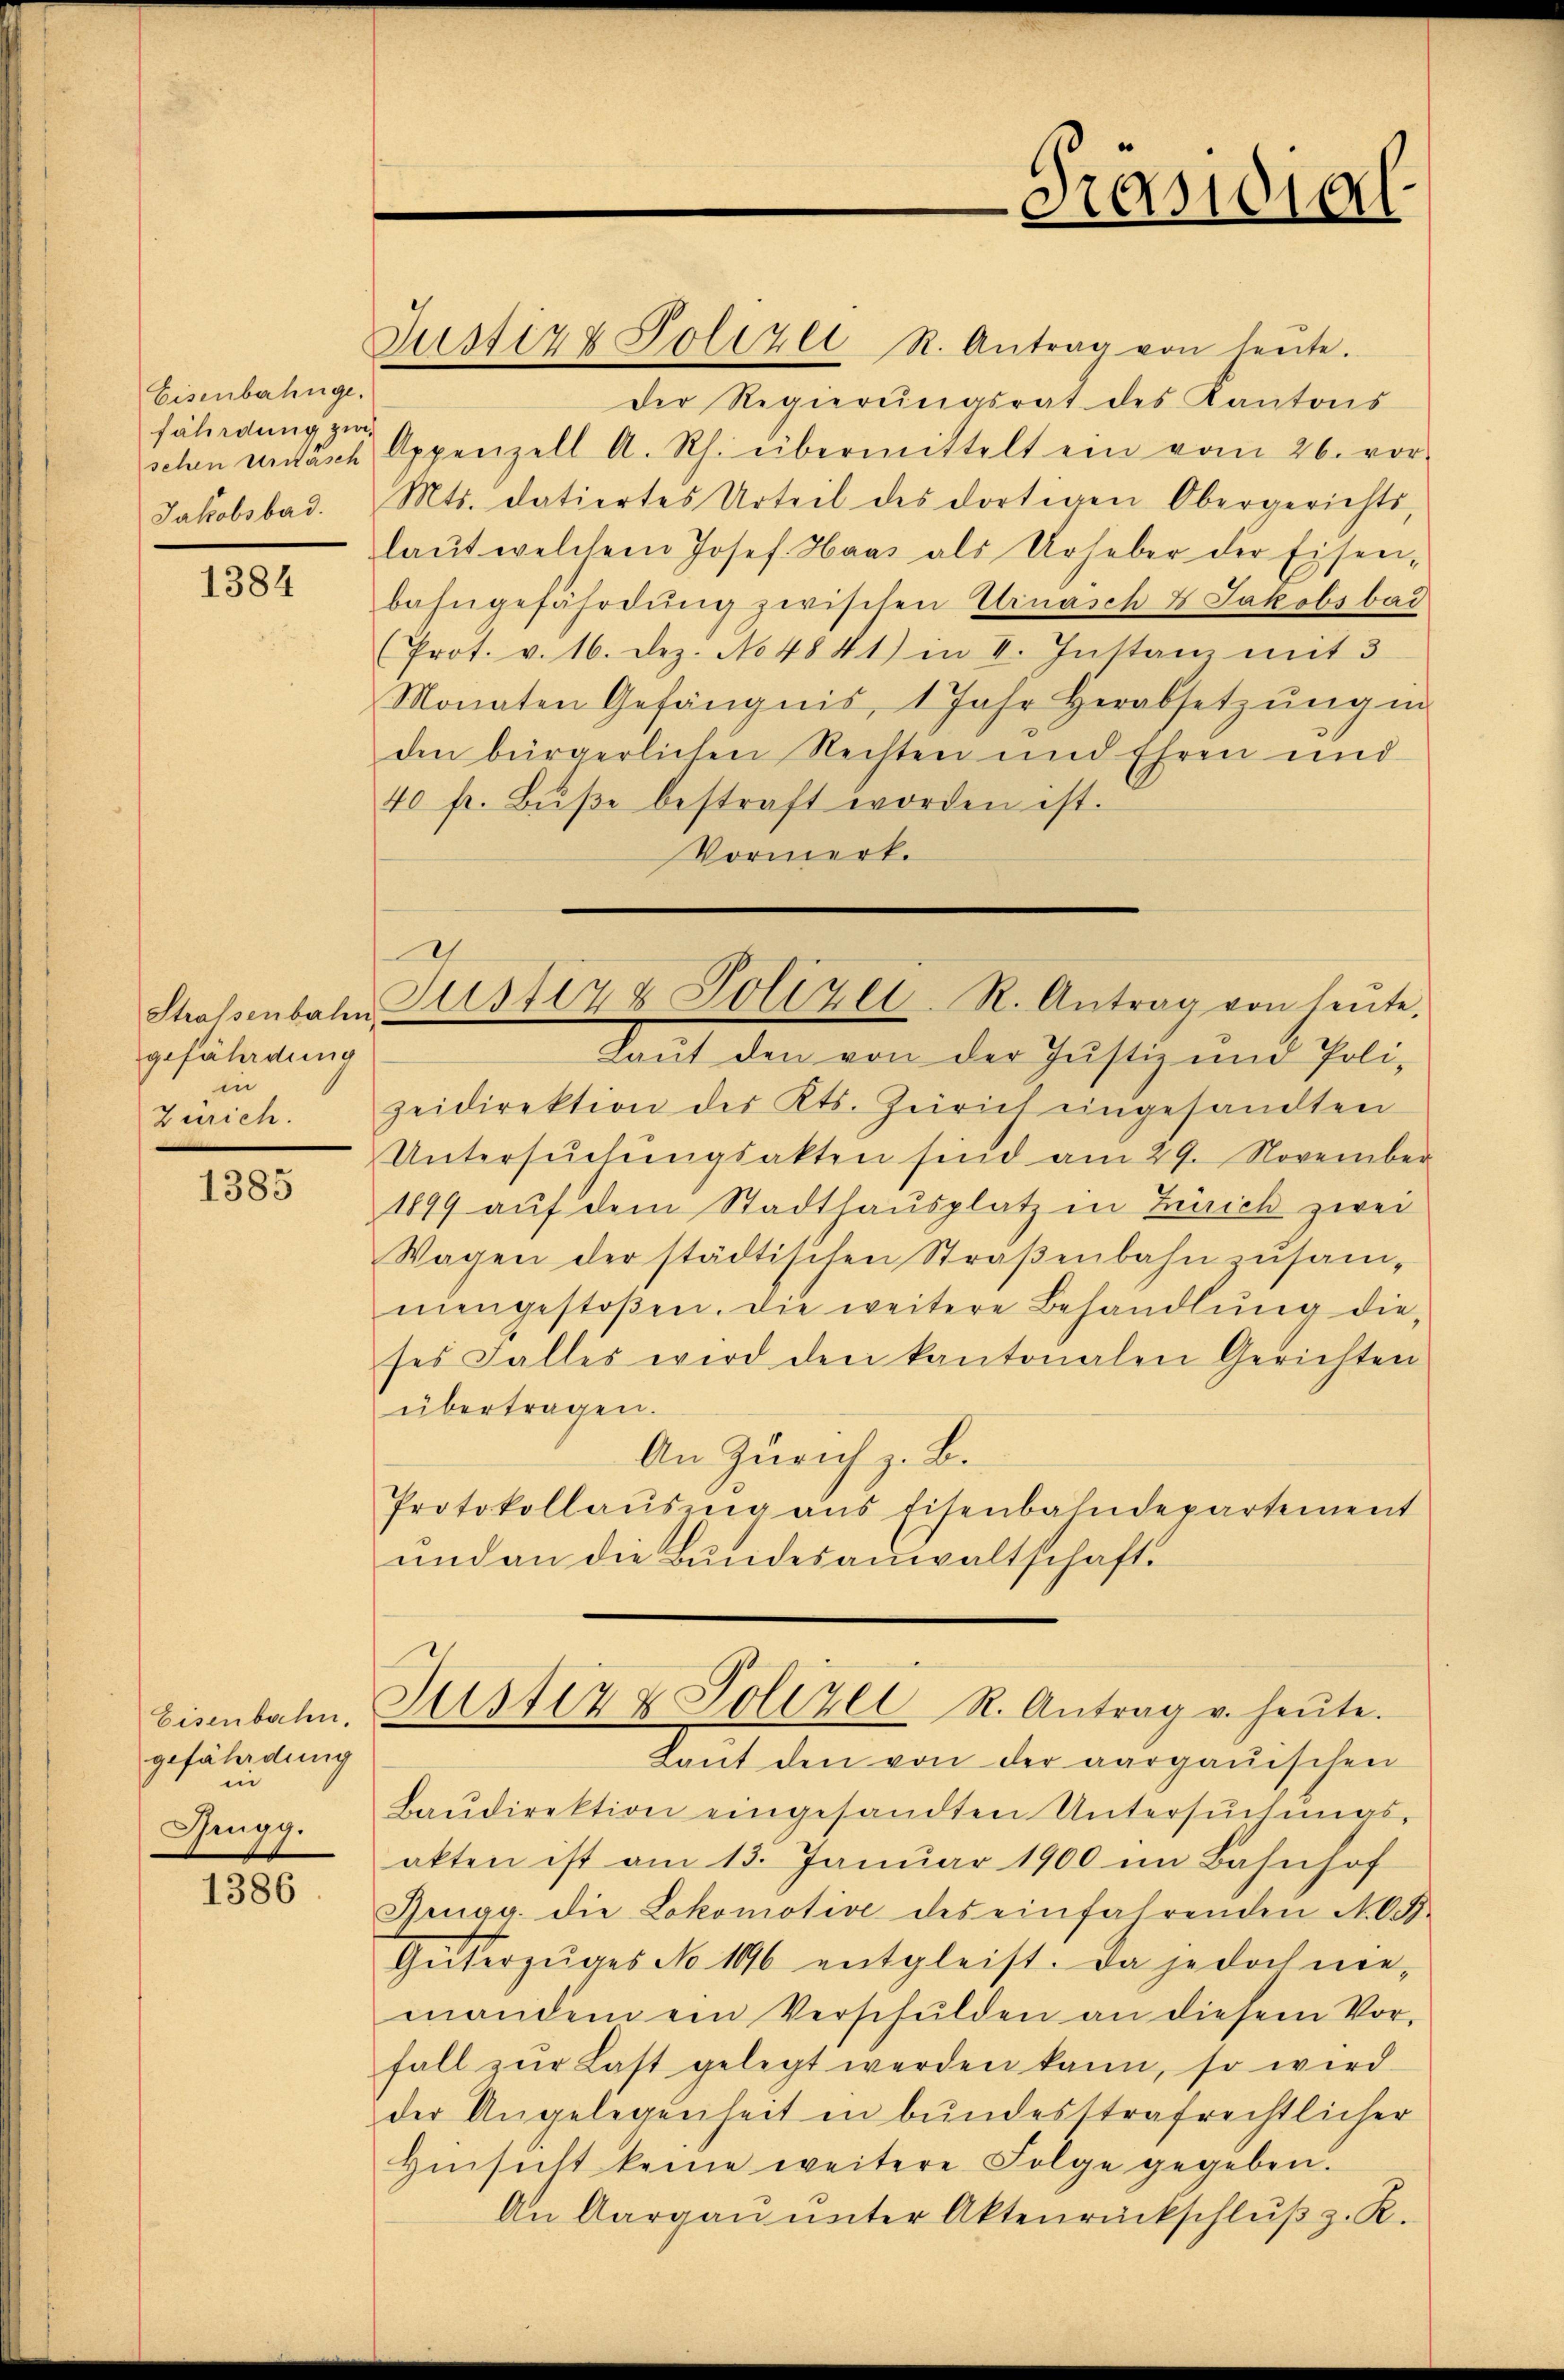
Eisenbahnge.
fährdung zwisehen vernasch
Jakobsbad.

1384

gefährdung
in
Zürich.

1385

Eisenbahn.
gefährdung
in
Brugg.

1386

Justiz & Polizei R. Antrag von leŭte.
der Regierungsrat des Kantons
Appenzell A. Rh. übermittelt ein vom 26. vor-
Mts. datiertes Urteil des dortigen Obergerichts,
laŭt welchem Josef Haas als Urheber der Eisen-
bahngefährdung zwischen Urnasch & Jakobsbad
Prot. v. 16. Dez. No 4841) in I. Instanz mit 3
Monaten Gefängnis, 1 Jahr herabsetzŭng in
den bürgerlichen Rechten und Ehren und
40 fr. Bŭβe bestraft worden ist.
Vormerk.
2
Strassenbahn Z. 1417 & Polizei-R. Antrag von heŭte.
Laut den von der Justiz und Poli-
zeidirektion des Kts. Zeirich eingesandten
Untersŭchŭngsakten sind am 29. November
1899 auf dem Stadthausplatz in Zürich zwei
Wagen der städtischen Straßenbahn zusam-
nengestoßen. Die weitere Behandlung die-
ses Falles wird den kantonalen Gerichten
übertragen.
An Zürich z. B.
Protokollausung aus Eisenbahndepartement
und an die Bundesanwaltschaft.

Lant den von der aargauischen
Baŭdirektion eingesandten Untersuchungs-
akten ist am 13. Januar 1900 im Bahnhof
Gigg. die Lokomotive des einfahrenden N. O.
Güterzŭges No 196 entgleist. Da jedoch nie-
mandem ein Verschulden an diesem Vor-
fall zŭr Last gelegt werden kann, so wird
der Angelegenheit in bundesstrafrechtlicher
Hinsicht keine weitere Folge gegeben.
An Aargau unter Aktenrückschluβ z. R.

Justiz & Polizei R. Antrag u. heute.

Pras1010